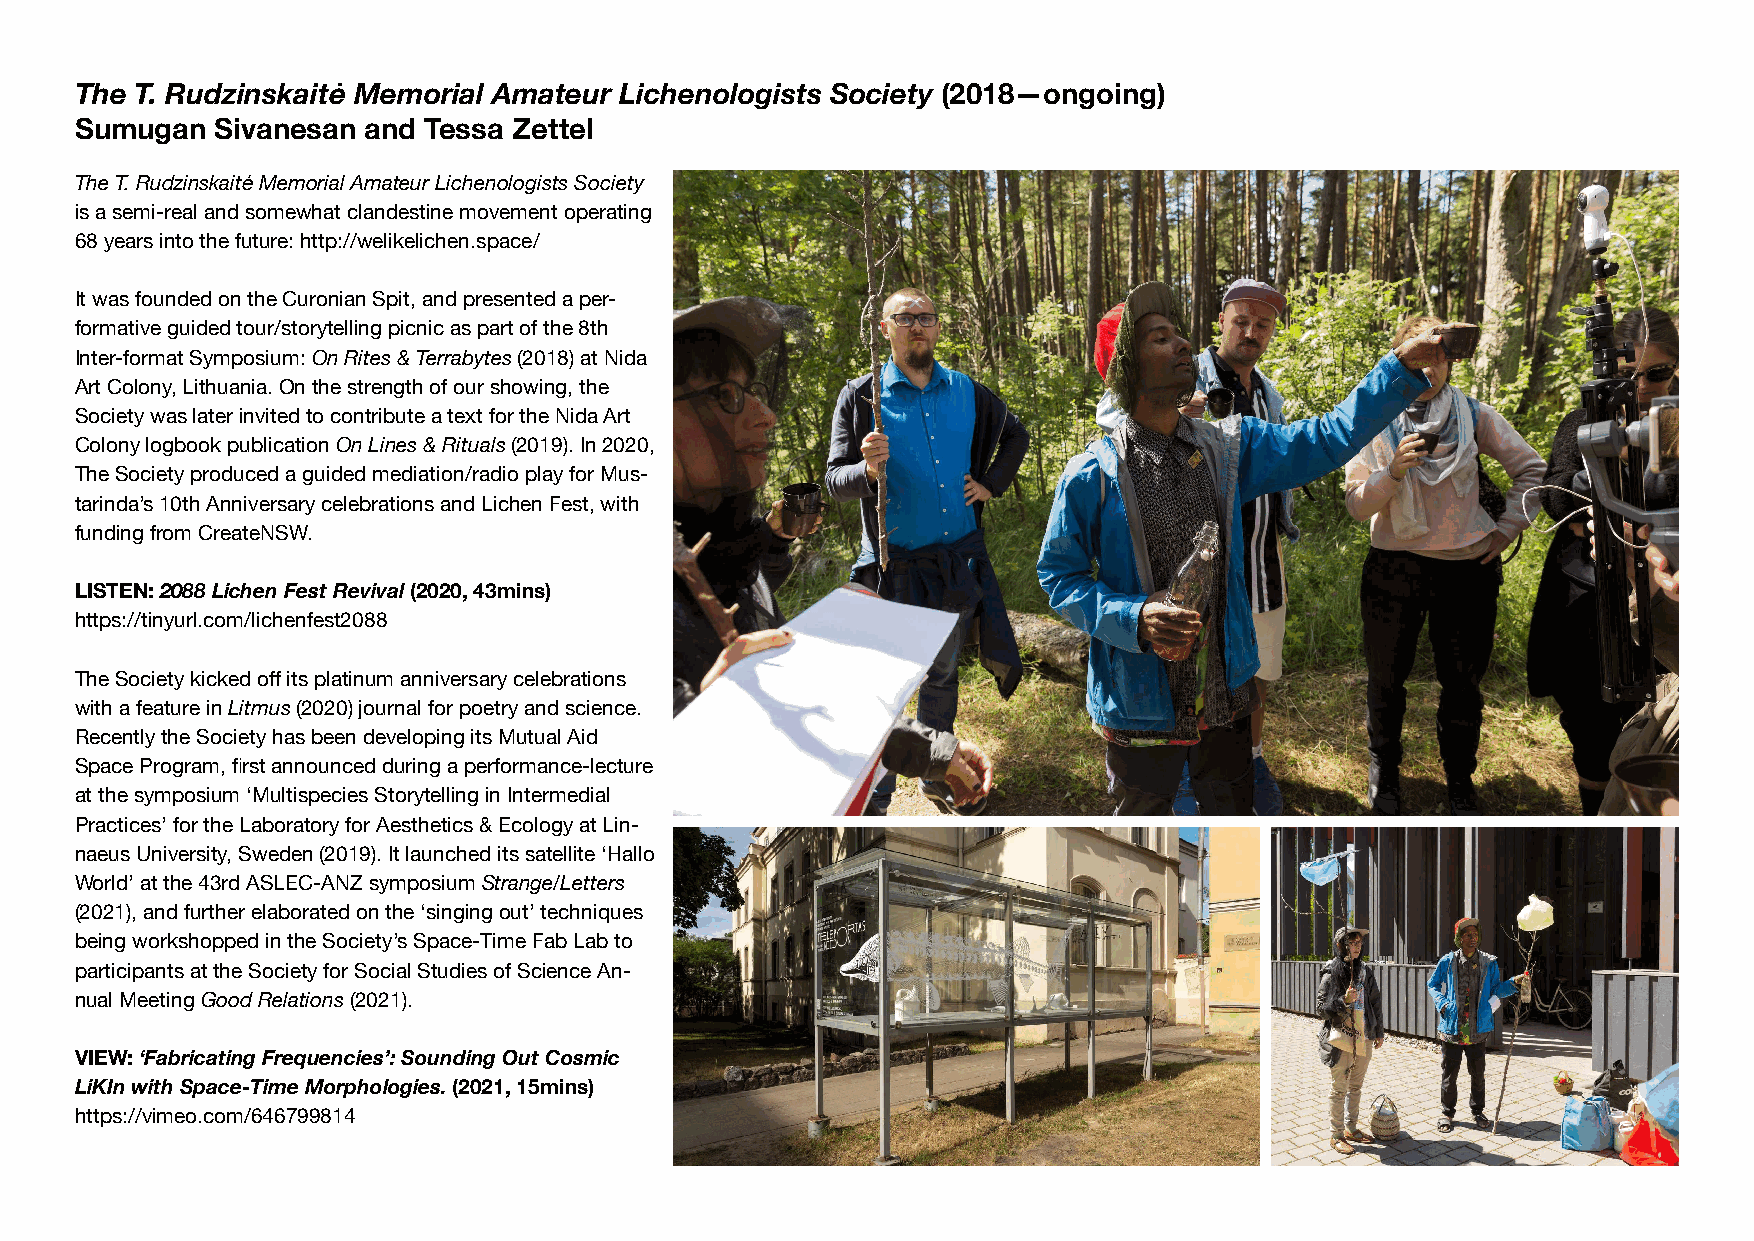
The T. Rudzinskaitė Memorial Amateur Lichenologists Society (2018—ongoing)
 Sumugan  Sivanesan and Tessa Zettel
 The T. Rudzinskaitė Memorial Amateur Lichenologists Society
 is a semi-real and somewhat clandestine movement operating
 68 years into the future: http://welikelichen.space/
 It was founded on the Curonian Spit, and presented a per-
 formative guided tour/storytelling picnic as part of the 8th
 Inter-format Symposium: On Rites & Terrabytes (2018) at Nida
 Art Colony, Lithuania. On the strength of our showing, the
 Society was later invited to contribute a text for the Nida Art
 Colony logbook publication On Lines & Rituals (2019). In 2020,
 The Society produced a guided mediation/radio play for Mus-
 tarinda’s 10th Anniversary celebrations and Lichen Fest, with
 funding from CreateNSW.
 LISTEN: 2088 Lichen Fest Revival (2020, 43mins)
 https://tinyurl.com/lichenfest2088
 The Society kicked off its platinum anniversary celebrations
 with a feature in Litmus (2020) journal for poetry and science.
 Recently the Society has been developing its Mutual Aid
 Space Program, fi rst announced during a performance-lecture
 at the symposium ‘Multispecies Storytelling in Intermedial
 Practices’ for the Laboratory for Aesthetics & Ecology at Lin-
 naeus University, Sweden (2019). It launched its satellite ‘Hallo
 World’ at the 43rd ASLEC-ANZ symposium Strange/Letters
 (2021), and further elaborated on the ‘singing out’ techniques
 being workshopped in the Society’s Space-Time Fab Lab to
 participants at the Society for Social Studies of Science An-
 nual Meeting Good Relations (2021).
 VIEW: ‘Fabricating Frequencies’: Sounding Out Cosmic
 LiKIn with Space-Time Morphologies. (2021, 15mins)
 https://vimeo.com/646799814